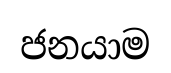
ජනයාම